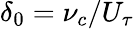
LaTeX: \delta_{0}=\nu_{c}/U_{\tau}